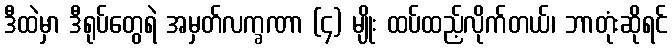
ဒီထဲမှာ ဒီရုပ်တွေရဲ အမှတ်လက္ခဏာ (၄) မျိုး ထပ်ထည့်လိုက်တယ်၊ ဘာတုံးဆိုရင်